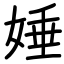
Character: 娷